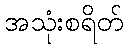
အသုံးစရိတ်